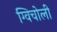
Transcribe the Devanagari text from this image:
ग्विचोली